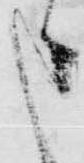
申